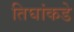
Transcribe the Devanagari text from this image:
तिघांकडे